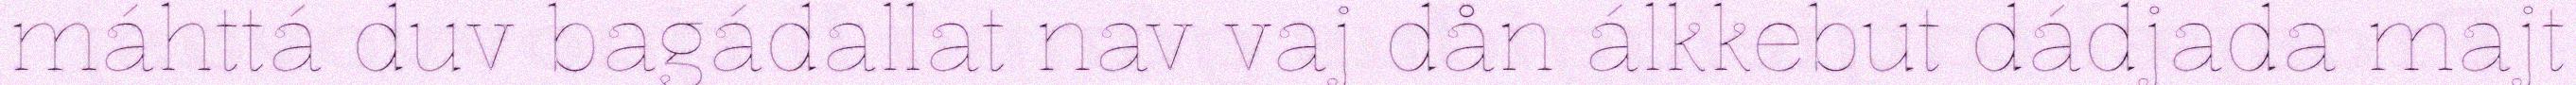
máhttá duv bagádallat nav vaj dån álkkebut dádjada majt